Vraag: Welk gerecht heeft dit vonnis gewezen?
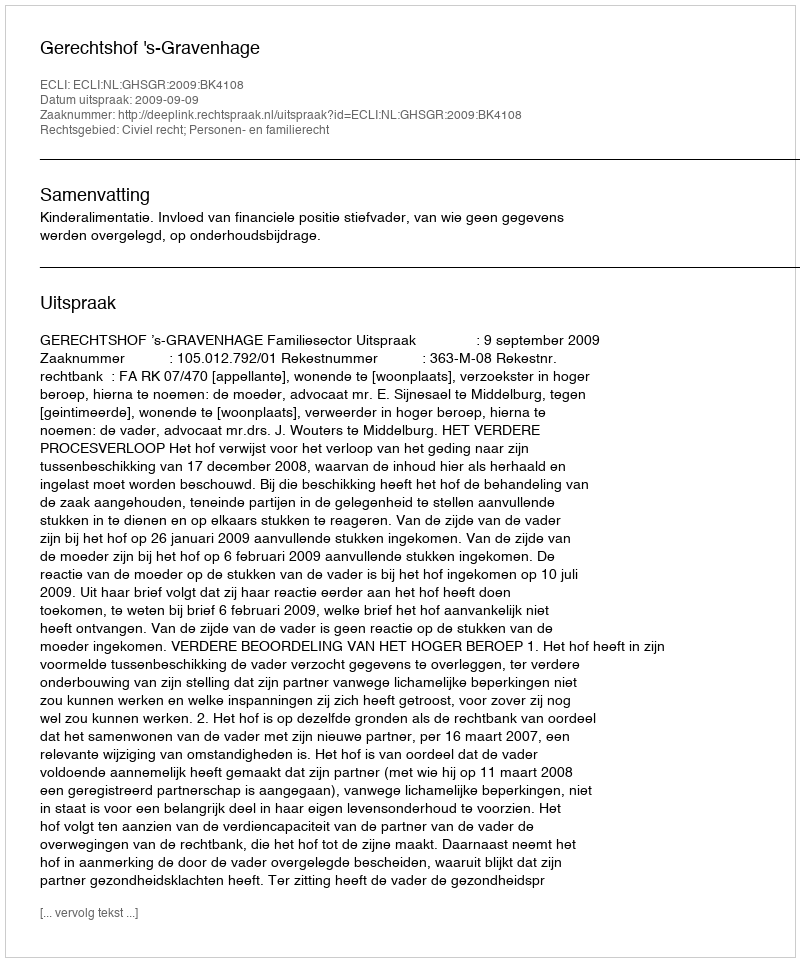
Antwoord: Gerechtshof 's-Gravenhage